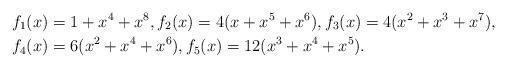
LaTeX: \begin{align*}f_1(x) & = 1 + x^{4} + x^{8}, f_2(x) = 4( x + x^{5} + x^{6}), f_3(x) = 4( x^{2} + x^{3} + x^{7}), \\f_4(x) &= 6( x^{2} + x^{4} + x^{6}),f_5(x) = 12( x^{3} + x^{4} + x^{5}).\end{align*}